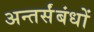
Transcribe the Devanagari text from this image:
अन्तर्संबंधों